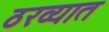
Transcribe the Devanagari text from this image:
ठरव्यात